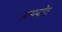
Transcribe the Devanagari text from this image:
अमयोत्